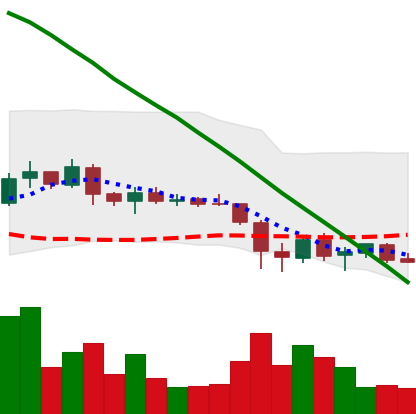
Ticker: ADA-USD
Chart end date: 2019-02-04
Forward return: 8.455%
Label: up_7plus